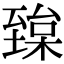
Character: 𦥅